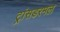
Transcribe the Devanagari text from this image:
ट्रांसडरमल